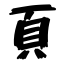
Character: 頁